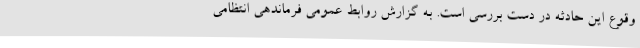
وقوع این حادثه در دست بررسی است. به گزارش روابط عمومی فرماندهی انتظامی